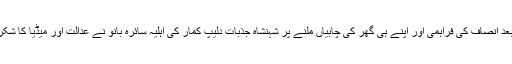
دس سال بعد انصاف کی فراہمی اور اپنے ہی گھر کی چابیاں ملنے پر شہنشاہ جذبات دلیپ کمار کی اہلیہ سائرہ بانو نے عدالت اور میڈیا کا شکریہ ادا کیا۔